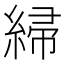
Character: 𫃲